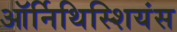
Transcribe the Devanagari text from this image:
ऑर्निथिस्शियंस